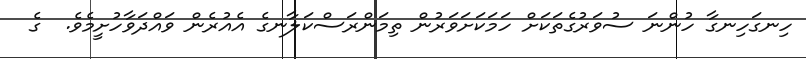
ހިނގަހިނގާ ހުންނަ ސުވަރުގެތަކަށް ހަމަކަށަވަރުން ތިމަންރަސްކަލާނގެ އެއުރެން ވައްދަވާހުށީމެވެ.  ގެ